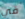
في